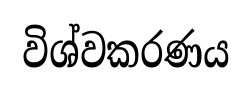
විශ්වකරණය